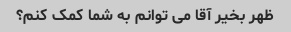
ظهر بخیر آقا می توانم به شما کمک کنم؟